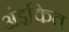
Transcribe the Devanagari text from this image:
अंइकित